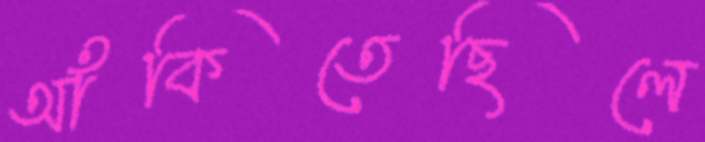
আঁকিতেছিলে